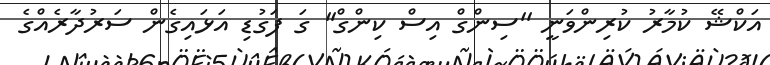
އަކްޝޭ ކުމާރު ކުރިންވަނީ ''ސިންގް އިސް ކިންގް'' ގަ ފަގުޑި އަޅައިގެން ސަރުދާރެއްގެ